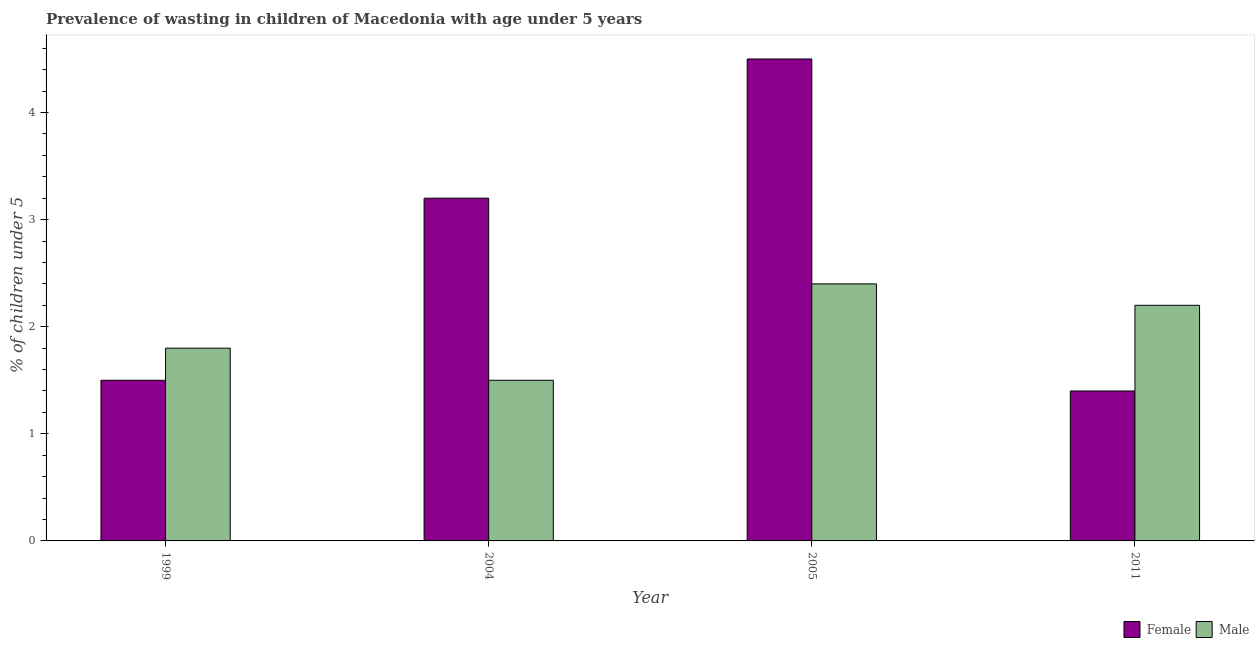
| Year | Female | Male |
 | --- | --- | --- |
 | 1999 | 1.5 | 1.8 |
 | 2004 | 3.2 | 1.5 |
 | 2005 | 4.5 | 2.4 |
 | 2011 | 1.4 | 2.2 |